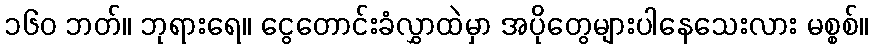
၁၆၀ ဘတ်။ ဘုရားရေ။ ငွေတောင်းခံလွှာထဲမှာ အပိုတွေများပါနေသေးလား မစ္စစ်။